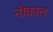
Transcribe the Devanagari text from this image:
नीकाल